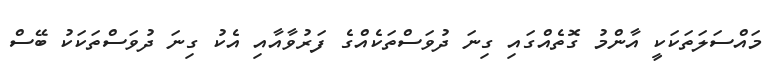
މައްސަލަތަކަކީ އާންމު ގޮތެއްގައި ގިނަ ދުވަސްތަކެއްގެ ފަރުވާއާއި އެކު ގިނަ ދުވަސްތަކަކު ބޭސް